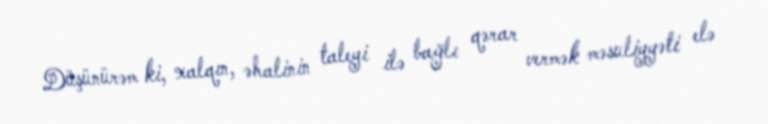
Düşünürəm ki, xalqın, əhalinin taleyi ilə bağlı qərar vermək məsuliyyəti elə